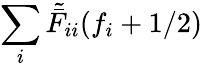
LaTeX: \sum_{i}\tilde{\bar{F}}_{ii}(f_{i}+1/2)